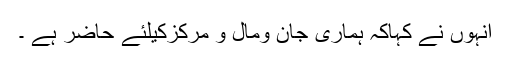
انہوں نے کہاکہ ہماری جان ومال و مرکزکیلئے حاضر ہے ۔